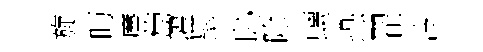
旋眄㢘萄濯髦恥除螭恐翟泠